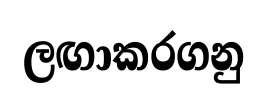
ලඟාකරගනු